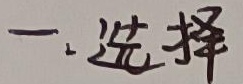
一、选择